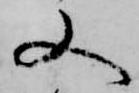
又